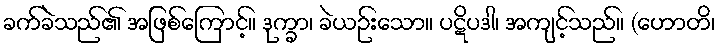
ခက်ခဲသည်၏ အဖြစ်ကြောင့်။ ဒုက္ခာ၊ ခဲယဉ်းသော။ ပဋိပဒါ၊ အကျင့်သည်။ (ဟောတိ၊